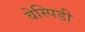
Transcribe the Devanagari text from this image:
वेस्पिडी